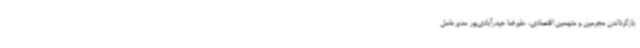
بازگرداندن مجرمین و متهمین اقتصادی، علیرضا حیدرآبادی‌پور مدیرعامل